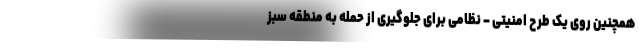
همچنین روی یک طرح امنیتی – نظامی برای جلوگیری از حمله به منطقه سبز